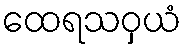
ထေရသဝှယံ